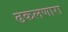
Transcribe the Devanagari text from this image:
ढकलणारा